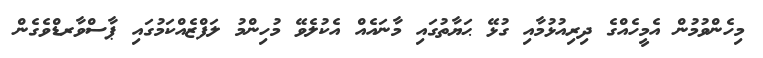
މިހެންވުމުން އެމީހެއްގެ ދިރިއުޅުމާއި ގުޅޭ ޙަޔާތުގައި މާނައެއް އެކުލެވޭ މުހިންމު ލަފްޒެއްކަމުގައި ޕާސްވާރޑްވެގެން